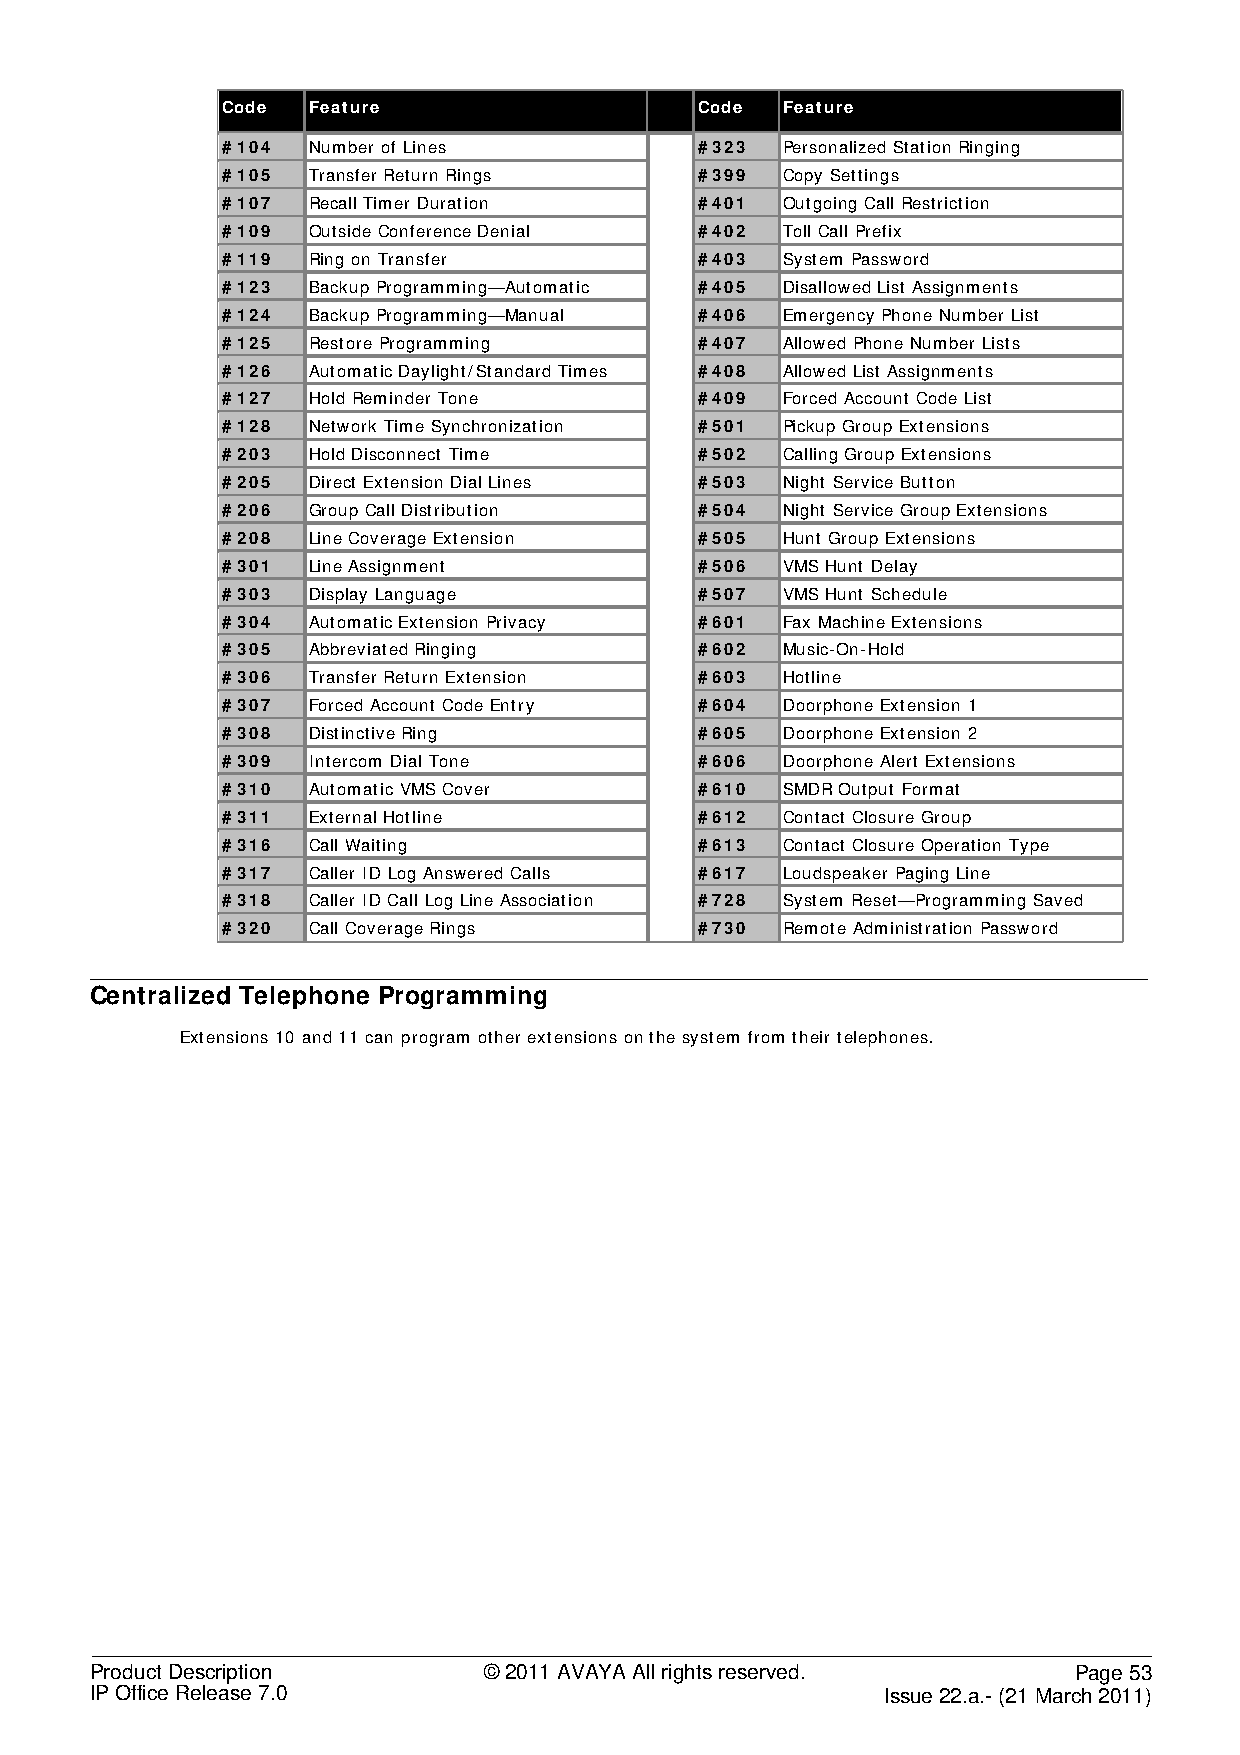
Code Feature                   Code  Feature
 #104 Number of Lines           #323  Personalized Station Ringing
 #105 Transfer Return Rings     #399  Copy Settings
 #107 Recall Timer Duration     #401  Outgoing Call Restriction
 #109 Outside Conference Denial #402  Toll Call Prefix
 #119 Ring on Transfer          #403  System Password
 #123 Backup Programming—Automatic #405 Disallowed List Assignments
 #124 Backup Programming—Manual #406  Emergency Phone Number List
 #125 Restore Programming       #407  Allowed Phone Number Lists
 #126 Automatic Daylight/Standard Times #408 Allowed List Assignments
 #127 Hold Reminder Tone        #409  Forced Account Code List
 #128 Network Time Synchronization #501 Pickup Group Extensions
 #203 Hold Disconnect Time      #502  Calling Group Extensions
 #205 Direct Extension Dial Lines #503 Night Service Button
 #206 Group Call Distribution   #504  Night Service Group Extensions
 #208 Line Coverage Extension   #505  Hunt Group Extensions
 #301 Line Assignment           #506  VMS Hunt Delay
 #303 Display Language          #507  VMS Hunt Schedule
 #304 Automatic Extension Privacy #601 Fax Machine Extensions
 #305 Abbreviated Ringing       #602  Music-On-Hold
 #306 Transfer Return Extension #603  Hotline
 #307 Forced Account Code Entry #604  Doorphone Extension 1
 #308 Distinctive Ring          #605  Doorphone Extension 2
 #309 Intercom Dial Tone        #606  Doorphone Alert Extensions
 #310 Automatic VMS Cover       #610  SMDR Output Format
 #311 External Hotline          #612  Contact Closure Group
 #316 Call Waiting              #613  Contact Closure Operation Type
 #317 Caller ID Log Answered Calls #617 Loudspeaker Paging Line
 #318 Caller ID Call Log Line Association #728 System Reset—Programming Saved
 #320 Call Coverage Rings       #730  Remote Administration Password
 Centralized Telephone Programming
 Extensions 10 and 11 can program other extensions on the system from their telephones.
 Product Description       © 2011 AVAYA All rights reserved.      Page 53
 IP Office Release 7.0                                Issue 22.a.- (21 March 2011)